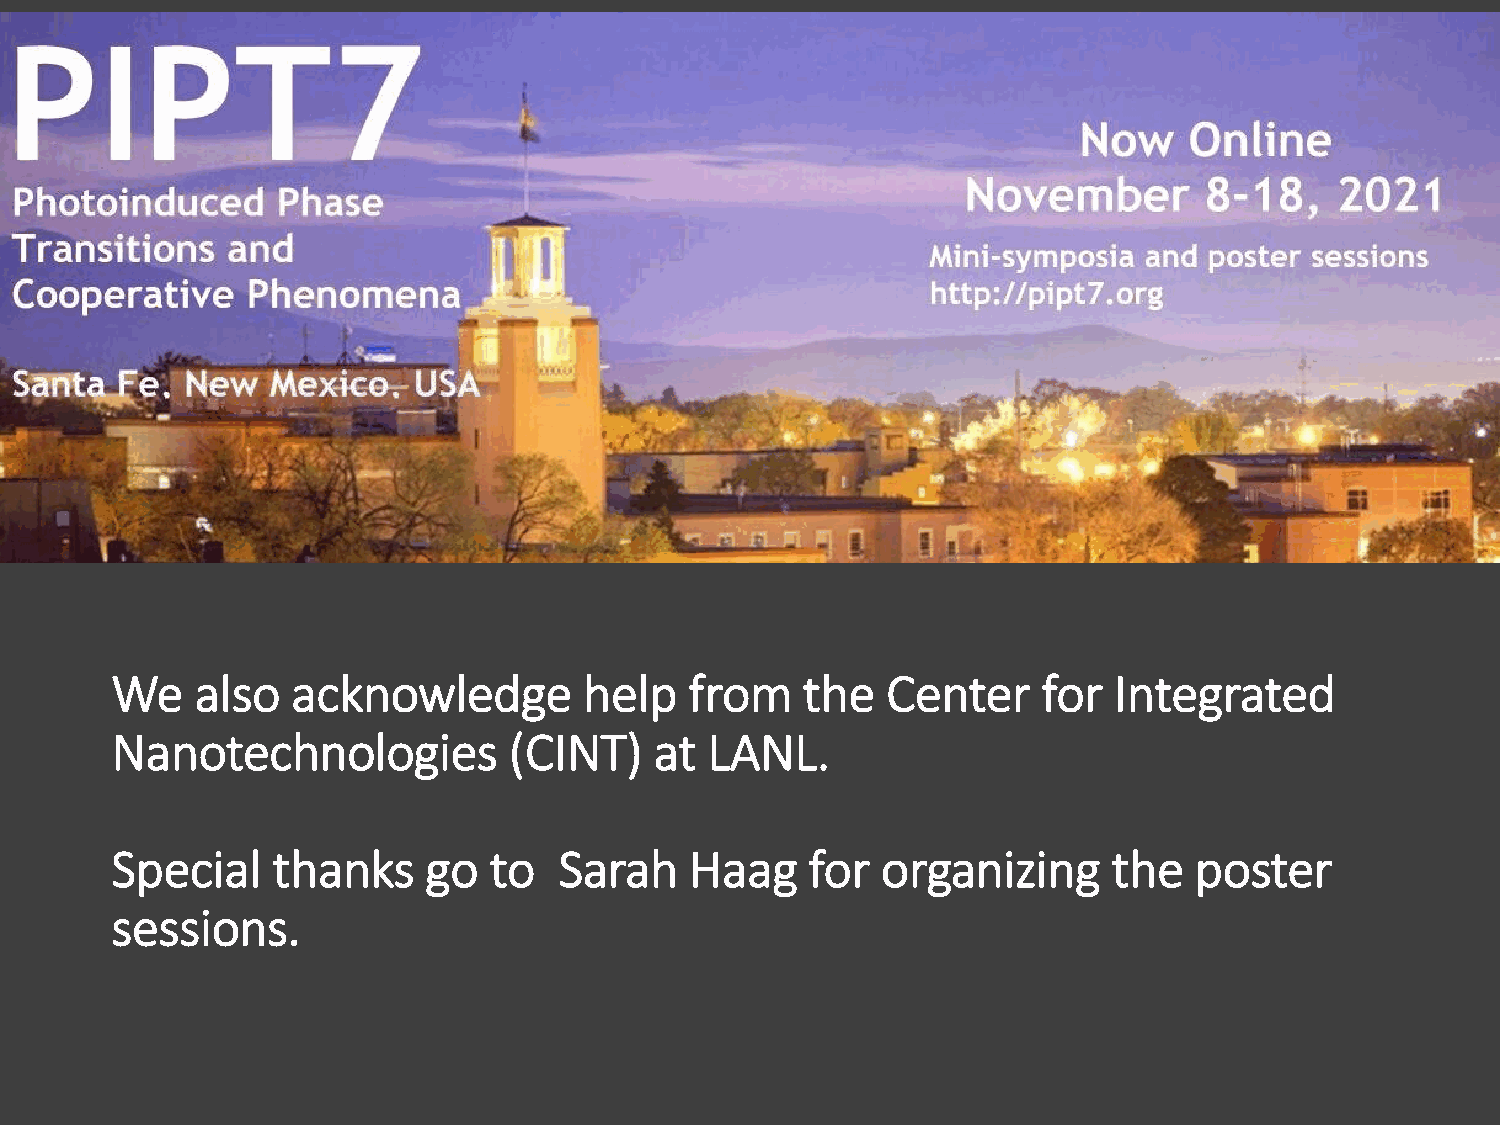
We    also  acknowledge         help   from   the   Center    for  Integrated
 Nanotechnologies           (CINT)   at  LANL.
 Special    thanks    go  to   Sarah    Haag    for organizing      the  poster
 sessions.